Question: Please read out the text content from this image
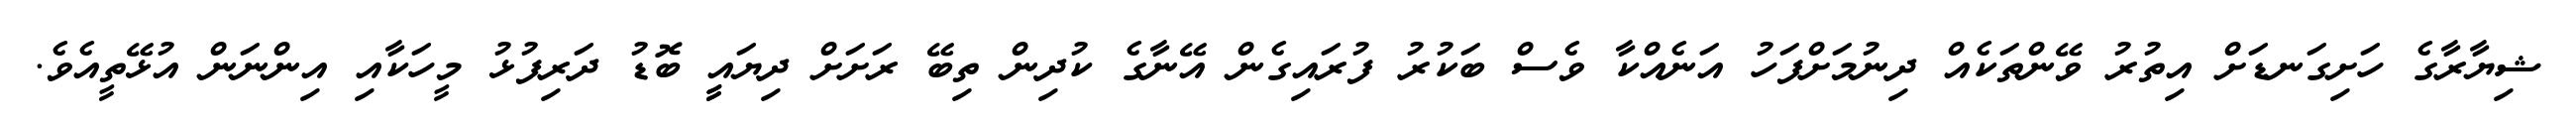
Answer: ޝިޔާރާގެ ހަށިގަނޑަށް އިތުރު ވޭންތަކެއް ދިނުމަށްފަހު އަނެއްކާ ވެސް ބަކުރު ފުރައިގެން އޭނާގެ ކުދިން ތިބޭ ރަށަށް ދިޔައީީ ބޮޑު ދަރިފުޅު މީހަކާއި އިންނަން އުޅޭތީއެވެ.